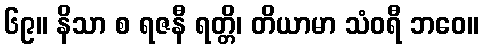
၆၉။ နိသာ စ ရဇနီ ရတ္တိ၊ တိယာမာ သံဝရီ ဘဝေ။